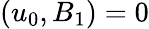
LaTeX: (u_{0},B_{1})=0